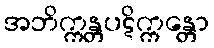
အဘိက္ကန္တပဋိက္ကန္တော